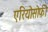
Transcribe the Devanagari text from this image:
एरियोसोफी